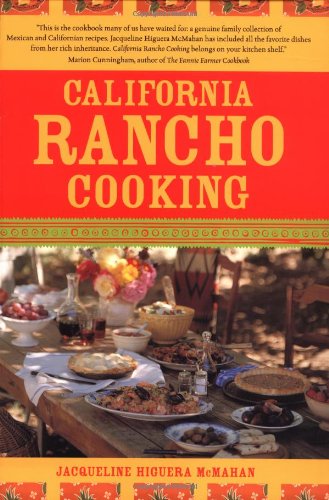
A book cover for California Rancho Cooking: Mexican and Californian Recipes; Jacqueline Higuera McMahan; Cookbooks, Food & Wine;